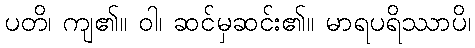
ပတိ၊ ကျ၏။ ဝါ၊ ဆင်မှဆင်း၏။ မာရပရိဿာပိ၊